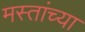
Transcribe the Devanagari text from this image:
मस्तांच्या